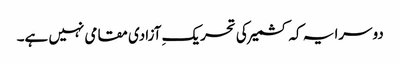
دوسرا یہ کہ کشمیر کی تحریکِ آزادی مقامی نہیں ہے۔